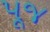
પૂજ